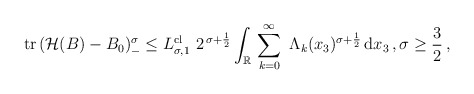
\begin{align*} \mathrm{tr} \, (\mathcal{H}(B)-B_0)_-^\sigma \leq L^{\mathrm{cl}}_{\sigma, 1} \ 2^{\, \sigma+\frac 12} \int_{\mathbb{R}} \, \sum_{k=0}^\infty\ \Lambda_k(x_3)^{\sigma+\frac 12}\, \mathrm{d}x_3\,, \sigma \geq \frac 32\,, \end{align*}